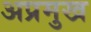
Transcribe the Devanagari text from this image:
अप्रमुख